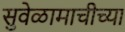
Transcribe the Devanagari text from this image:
सुवेळामाचीच्या